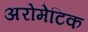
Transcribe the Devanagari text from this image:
अरोमेटिक